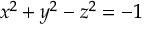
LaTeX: x ^ { 2 } + y ^ { 2 } - z ^ { 2 } = - 1